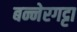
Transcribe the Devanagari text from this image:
बन्नेरगट्टा